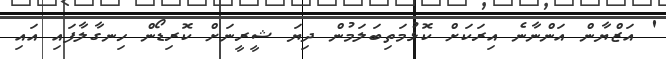
' އަޒްޔާން އަންނާނެ އިރަކަށް ކޮޅުމަތިބަލަމުން ދިޔަ ޝީރީނަށް ކޮރިޑޯން ހިނގާލާފައި އައި